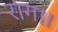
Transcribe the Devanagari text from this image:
राग।।